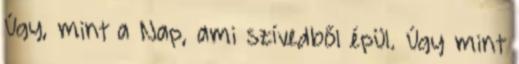
Úgy, mint a Nap, ami szívedből épül. Úgy mint